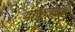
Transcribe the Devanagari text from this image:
वातुलतंत्र